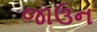
જાઉન